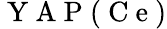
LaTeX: \mathrm{~Y~A~P~}(\mathrm{~C~e~})